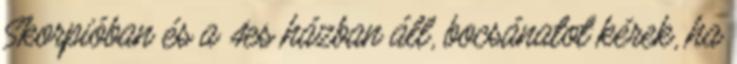
Skorpióban és a 4es házban áll, bocsánatot kérek, ha